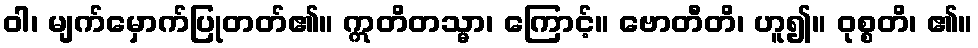
ဝါ၊ မျက်မှောက်ပြုတတ်၏။ ဣတိတသ္မာ၊ ကြောင့်။ ဗောတီတိ၊ ဟူ၍။ ဝုစ္စတိ၊ ၏။